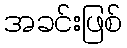
အခင်းဖြစ်